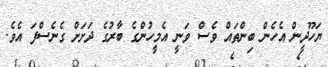
ޔަހޫދީން އެހެން ބިންތައް ވެސް ވަނީ އެމީހުންގެ ބާރުގެ ދަށަށް ގެނެސްފަ އެވެ.